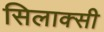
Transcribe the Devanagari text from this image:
सिलाक्सी